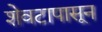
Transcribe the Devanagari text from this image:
शेवटापासून